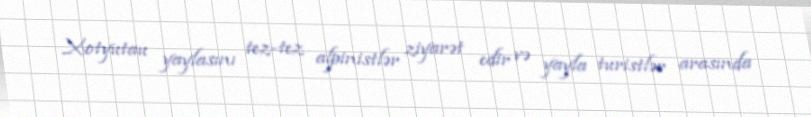
Xotyutau yaylasını tez-tez alpinistlər ziyarət edir və yayla turistlər arasında